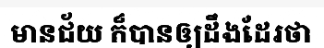
មានជ័យ ក៏បានឲ្យដឹងដែរថា